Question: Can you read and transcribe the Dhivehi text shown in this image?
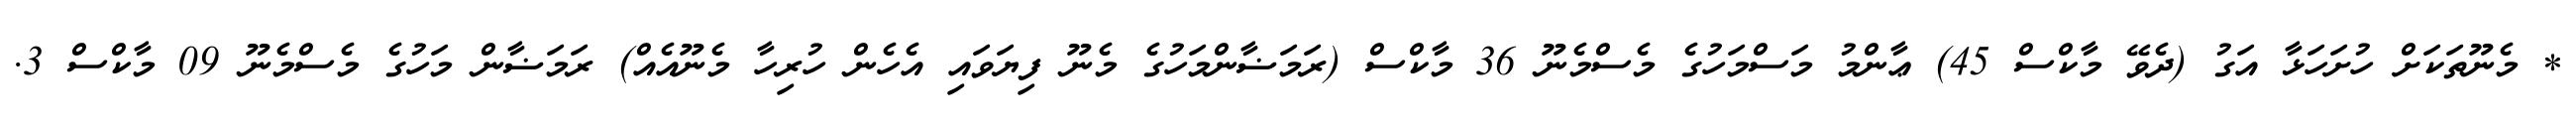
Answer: * މެނޫތަކަށް ހުށަހަޅާ އަގު (ދެވޭ މާކްސް 45) ޢާންމު މަސްމަހުގެ މެސްމެނޫ 36 މާކްސް (ރަމަޟާންމަހުގެ މެނޫ ފިޔަވައި އެހެން ހުރިހާ މެނޫއެއް) ރަމަޟާން މަހުގެ މެސްމެނޫ 09 މާކްސް 3.